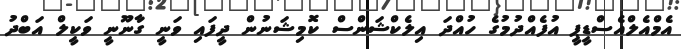
އެމްއެލްއެސްޑީޕީ އުފެއްދުމުގެ ހުއްދަ އިލެކްޝަންސް ކޮމިޝަނުން ދީފައި ވަނީ ގާނޫނީ ވަކީލް އަބްދު